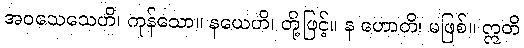
အဝသေသေဟိ၊ ကုန်သော။ နယေဟိ၊ တို့ဖြင့်။ န ဟောတိ၊ မဖြစ်။ ဣတိ